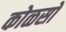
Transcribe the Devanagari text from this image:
कोळसो